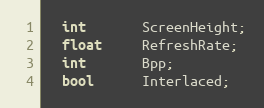
Language: C
  int       ScreenHeight;
  float     RefreshRate;
  int       Bpp;
  bool      Interlaced;